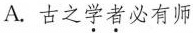
A. 古之学者必有师